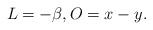
LaTeX: \begin{align*}L = -\beta, O = x-y. \end{align*}